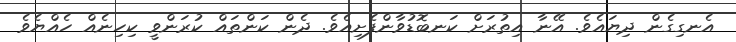
އެނގިގެން ދިޔައެވެ. އޭނާ އިތުރަށް ކަނބޮޑުވާންފެށިއެވެ. ދެން ކަންތައް ކުރަންވީ ކިހިނެއް ހެއްޔެވެ